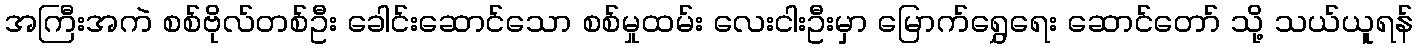
အကြီးအကဲ စစ်ဗိုလ်တစ်ဦး ခေါင်းဆောင်သော စစ်မှုထမ်း လေးငါးဦးမှာ မြောက်ရွှေရေး ဆောင်တော် သို့ သယ်ယူရန်